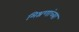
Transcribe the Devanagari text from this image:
मिश्रणांच्या